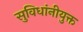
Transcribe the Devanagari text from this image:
सुविधांनीयुक्त